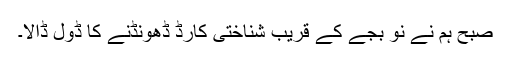
صبح ہم نے نو بجے کے قریب شناختی کارڈ ڈھونڈنے کا ڈول ڈالا۔